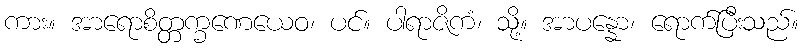
ကား။ အာရောစိတ္တက္ခဏေယေဝ၊ ပင်။ ပါရာဇိကံ၊ သို့။ အာပန္နော၊ ရောက်ပြီးသည်။